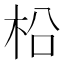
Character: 柗